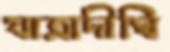
যাত্রাদীঘি